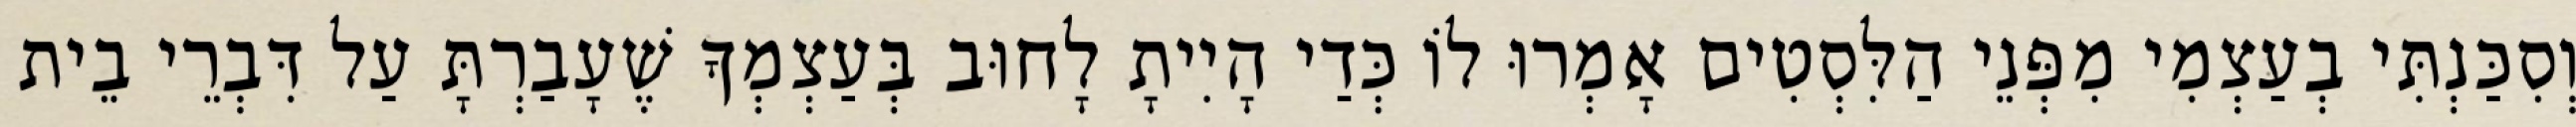
וְסִכַּנְתִּי בְעַצְמִי מִפְּנֵי הַלִּסְטִים אָמְרוּ לוֹ כְּדַי הָיִיתָ לָחוּב בְּעַצְמְךָ שֶׁעָבַרְתָּ עַל דִּבְרֵי בֵית